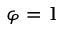
\varphi = 1